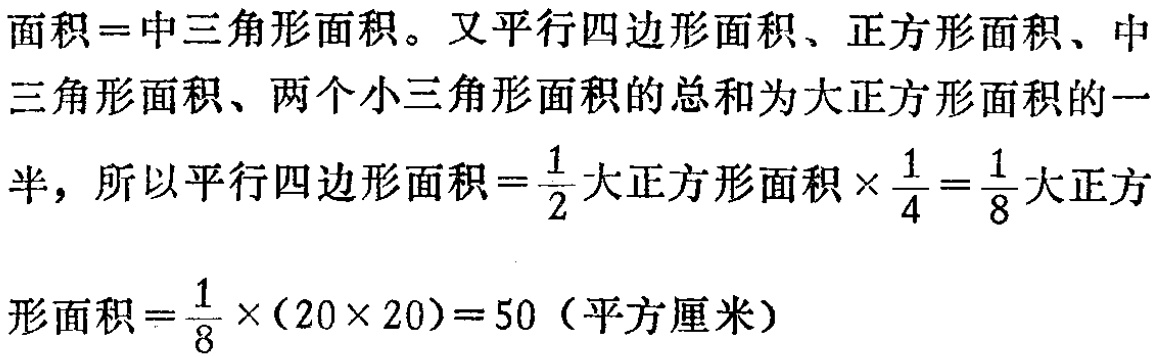
面积=中三角形面积。又平行四边形面积、正方形面积、中三角形面积、两个小三角形面积的总和为大正方形面积的一半，所以平行四边形面积\(=\frac{1}{2}\)大正方形面积\(\times\frac{1}{4}=\frac{1}{8}\)大正方形面积\(=\frac{1}{8}\times(20\times 20)=50\)（平方厘米）